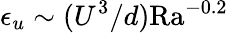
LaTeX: \epsilon_{u}\sim(U^{3}/d)\mathrm{Ra}^{-0.2}